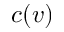
c ( v )